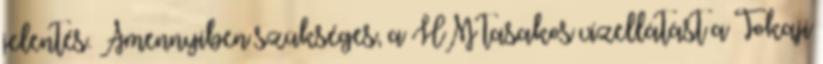
jelentés. Amennyiben szükséges, a HM tasakos vízellátást a Tokaji